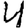
Digit: 4